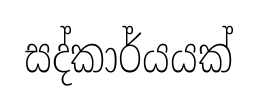
සද්කාර්යයක්